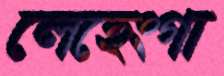
লেহেংগা